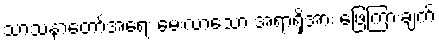
သာသနာတော်အရေး မေးလာသော အရာရှိအား ဖြေကြားချက်